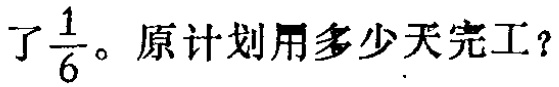
了$\frac{1}{6}$。原计划用多少天完工？